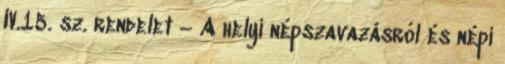
IV.15. sz. rendelet – A helyi népszavazásról és népi